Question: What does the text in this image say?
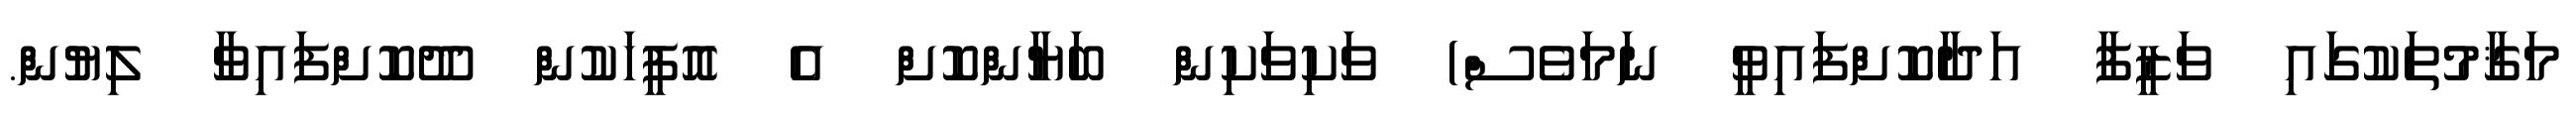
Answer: މަޤާމުތަކުގައި ވަޒީފާ އަދާކޮށްފައިވީ ނަމަވެސް) ވަކިވަކިން ބަޔާންކޮށް އެ އޮފީހަކުން ދޫކޮށްފައިވާ ލިޔުން.